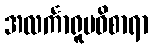
အလင်္ကာရူပဝိစာရာ